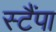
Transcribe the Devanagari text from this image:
स्टैंपा